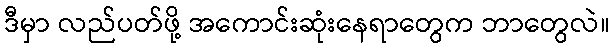
ဒီမှာ လည်ပတ်ဖို့ အကောင်းဆုံးနေရာတွေက ဘာတွေလဲ။